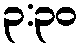
၃:၃၀